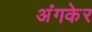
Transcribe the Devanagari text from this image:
अंगकेर